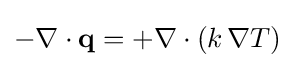
-\nabla \cdot {\mathbf {q} }=+\nabla \cdot (k\,\nabla T)